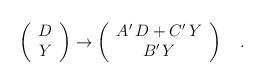
LaTeX: \begin{align*}\left( \begin{array}{c} D \\Y \end{array} \right)\rightarrow \left( \begin{array}{c} A' \, D + C' \, Y \\B' \,Y \end{array} \right)\quad .\end{align*}